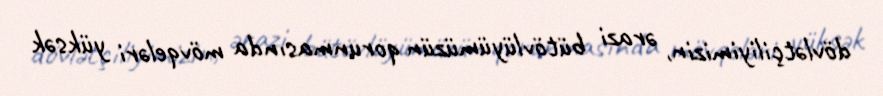
dövlətçiliyimizin, ərazi bütövlüyümüzün qorunmasında mövqeləri yüksək